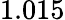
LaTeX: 1.015